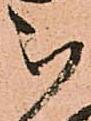
被